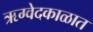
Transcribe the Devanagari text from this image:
ऋग्वेदकाळात